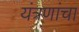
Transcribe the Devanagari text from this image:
यंत्रणांचा